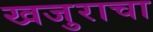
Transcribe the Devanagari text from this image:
खजुराचा